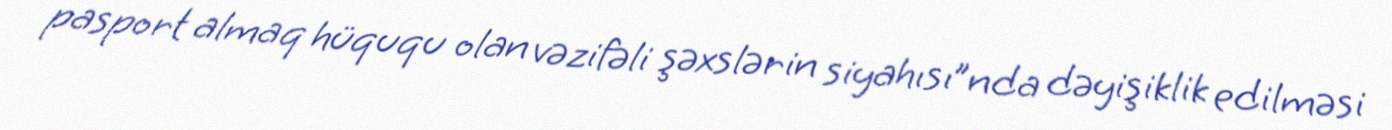
pasport almaq hüququ olan vəzifəli şəxslərin siyahısı”nda dəyişiklik edilməsi